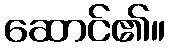
ဆောင်၏။